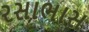
રસાભાસ